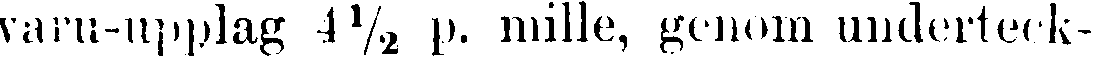
varu-upplftg 4½ p. Mille, genom underteck-